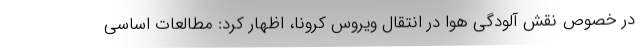
در خصوص نقش آلودگی هوا در انتقال ویروس کرونا، اظهار کرد: مطالعات اساسی